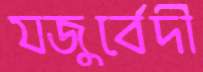
যজুর্বেদী